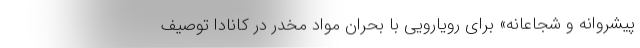
پیشروانه و شجاعانه» برای رویارویی با بحران مواد مخدر در کانادا توصیف